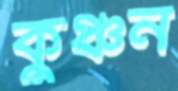
কুঞ্চন